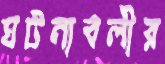
ঘটনাবলীর